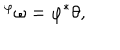
LaTeX: { } ^ { \varphi } \omega = \varphi ^ { * } \theta ,